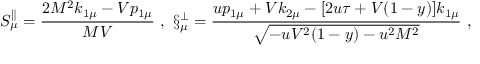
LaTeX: S _ { \mu } ^ { \parallel } = \frac { 2 M ^ { 2 } k _ { 1 \mu } - V p _ { 1 \mu } } { M V } \ , \ \S _ { \mu } ^ { \bot } = \frac { u p _ { 1 \mu } + V k _ { 2 \mu } - [ 2 u \tau + V ( 1 - y ) ] k _ { 1 \mu } } { \sqrt { - u V ^ { 2 } ( 1 - y ) - u ^ { 2 } M ^ { 2 } } } \ ,